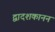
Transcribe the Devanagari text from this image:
द्वादशकानन